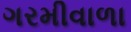
ગરમીવાળા